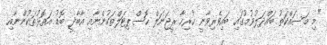
"މި މަސައްކަތު ބައްދަލުވުމުގައި ބައިވެރިވާނީ ހުރިހާ ރީޖަނަލް ހޮސްޕިޓަލްތަކުންނާއި އާބާދީ ބޮޑު އަތޮޅުތަކުންނާއި